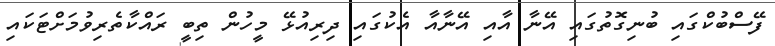
ފޭސްބުކްގައި ބުނިގޮތުގައި އޭނާ އާއި އޭނާއާ އެކުގައި ދިރިއުޅޭ މީހުން ތިބީ ރައްކާތެރިވުމަށްޓަކައި